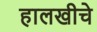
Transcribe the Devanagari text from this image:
हालखीचे